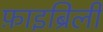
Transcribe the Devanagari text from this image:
फ़ाइब्रिली